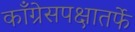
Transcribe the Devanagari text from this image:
काँग्रेसपक्षातर्फे